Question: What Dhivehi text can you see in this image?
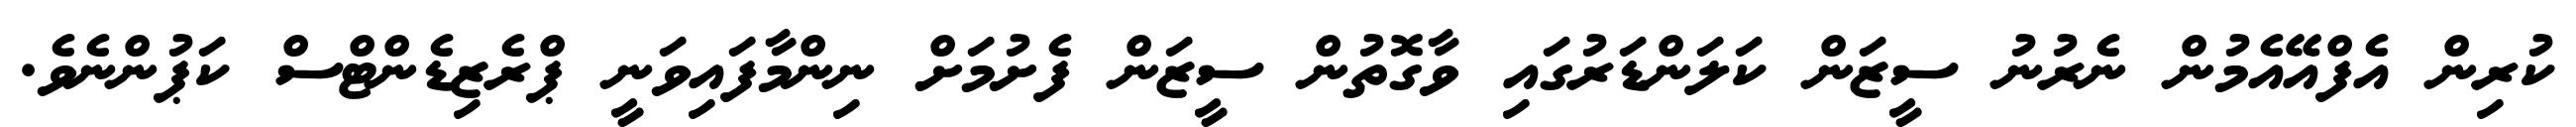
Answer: ކުރިން އެފްއޭއެމުން ނެރުނު ސީޒަން ކަލަންޑަރުގައި ވާގޮތުން ސީޒަން ފެށުމަށް ނިންމާފައިވަނީ ޕްރެޒިޑެންޓްސް ކަޕުންނެވެ.